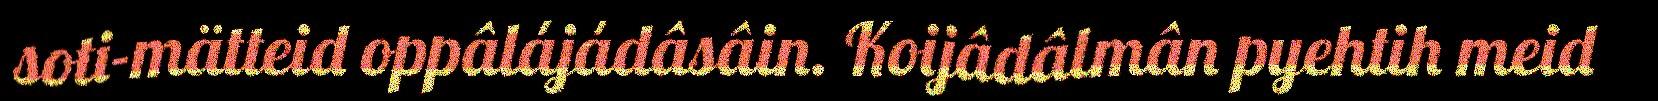
soti-mätteid oppâlájádâsâin. Koijâdâlmân pyehtih meid